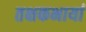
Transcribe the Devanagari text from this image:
तक्षकभार्या